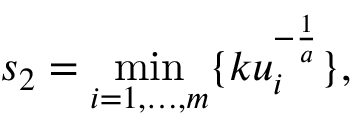
s _ { 2 } = \operatorname* { m i n } _ { i = 1 , \ldots , m } \{ k u _ { i } ^ { - { \frac { 1 } { a } } } \} ,